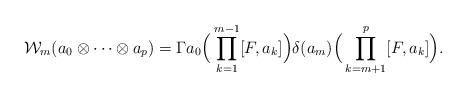
LaTeX: \begin{align*}\mathcal{W}_m(a_0\otimes\cdots\otimes a_p)=\Gamma a_0\Big(\prod_{k=1}^{m-1}[F,a_k]\Big)\delta(a_m)\Big(\prod_{k=m+1}^p[F,a_k]\Big).\end{align*}